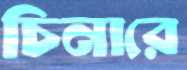
চিনারে